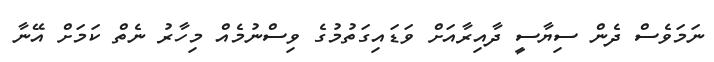
ނަމަވެސް ދެން ސިޔާސީ ދާއިރާއަށް ވަަޑައިގަތުމުގެ ވިސްނުމެއް މިހާރު ނެތް ކަމަށް އޭނާ